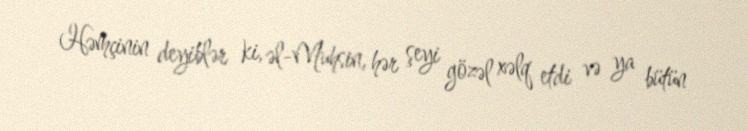
Həmçinin deyiblər ki, əl-Muhsin, hər şeyi gözəl xəlq etdi və ya bütün